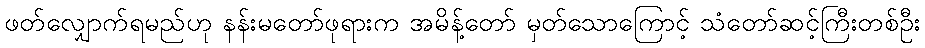
ဖတ်လျှောက်ရမည်ဟု နန်းမတော်ဖုရားက အမိန့်တော် မှတ်သောကြောင့် သံတော်ဆင့်ကြီးတစ်ဦး